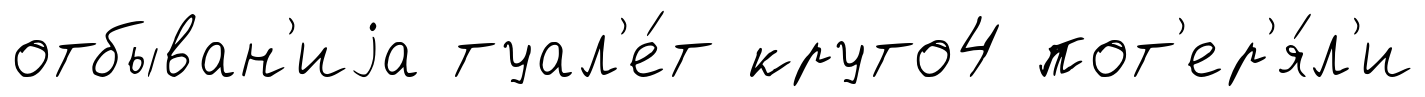
отбыван'иjа туал'е́т круто4 пот'ер'я́л'и